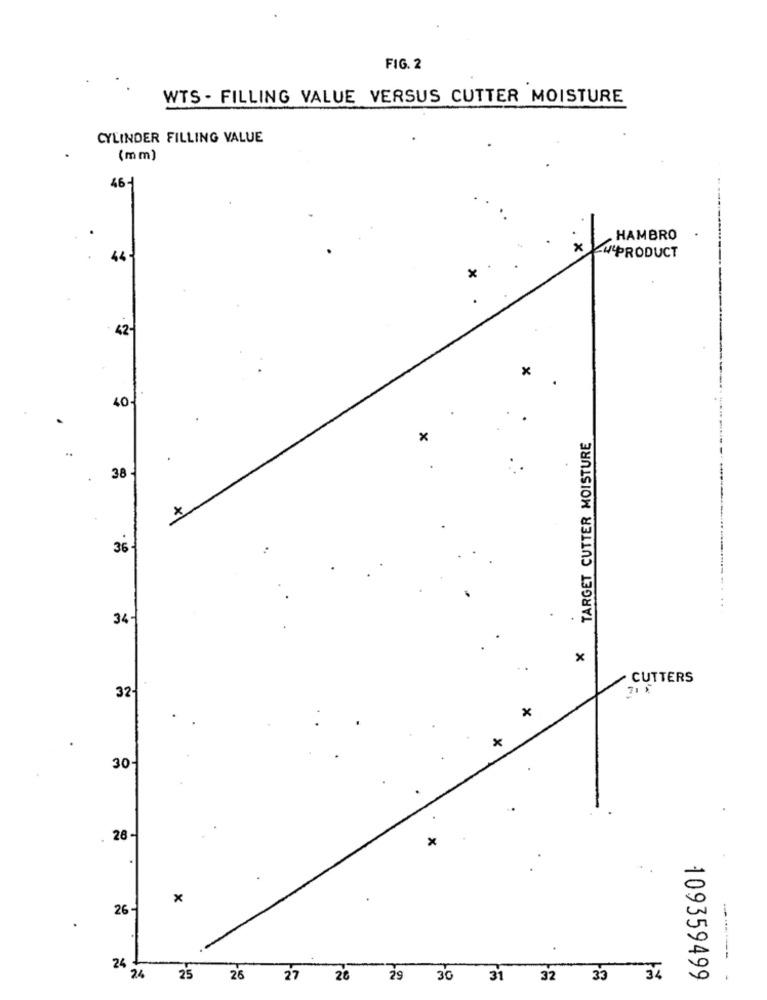
FIG. 2
WTS - FILLING VALUE VERSUS CUTTER MOISTURE
CYLINDER FILLING VALUE
(mm)
46-
HAMBRO
x
44
-W'PRODUCT
x
42
x
40
TARGET CUTTER MOISTURE
x
.
38 -
.
+
36-
34-
x
CUTTERS
321
×
x
30
26-
×
x
26 -
--
24
24
25
2'6
27
26
29
30
31
32
33
34
109359499